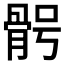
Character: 𩨴